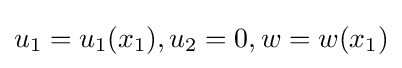
u_{1}=u_{1}(x_{1}),u_{2}=0,w=w(x_{1})